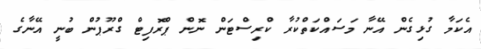
އެކަމާ ގުޅިގެން އޭނާ މަސައްކަތްކުރާ ކްރިސްޓަން ނޮން ޕްރޮފިޓް ގްރޫޕުން ބުނީ އޭނާގެ